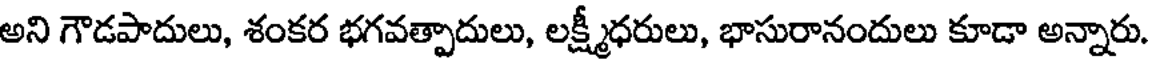
అని గౌడపాదులు, శంకర భగవత్పాదులు, లక్ష్మీధరులు, భాసురానందులు కూడా అన్నారు.